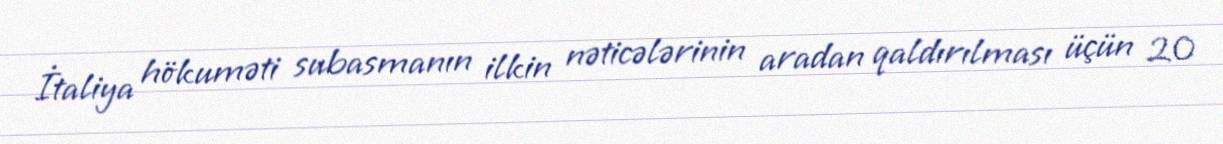
İtaliya hökuməti subasmanın ilkin nəticələrinin aradan qaldırılması üçün 20